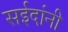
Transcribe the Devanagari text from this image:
सईदांनी